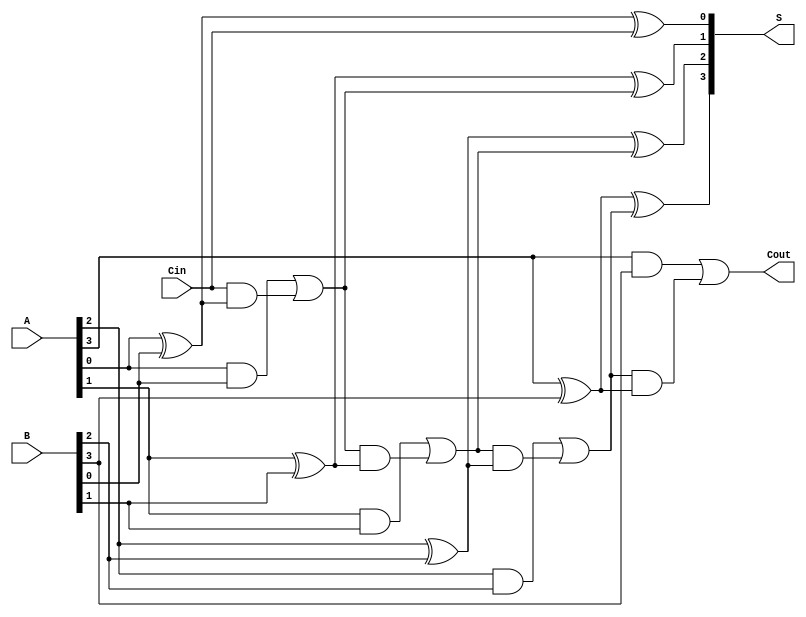
module Han_Carlson_Adder #(parameter N = 4) (
    input  [N-1:0] A,      // First n-bit binary number
    input  [N-1:0] B,      // Second n-bit binary number
    input  Cin,            // Carry input
    output [N-1:0] S,      // n-bit sum output
    output Cout            // Carry output
);

    wire [N:0] carry;      // Carry wires (N+1 to handle carry out)

    // Assign the initial carry
    assign carry[0] = Cin;

    genvar i;
    generate
        for (i = 0; i < N; i = i + 1) begin : adder
            // Sum calculation
            assign S[i] = A[i] ^ B[i] ^ carry[i];

            // Carry generation
            assign carry[i+1] = (A[i] & B[i]) | (carry[i] & (A[i] ^ B[i]));
        end
    endgenerate

    // Final carry output
    assign Cout = carry[N];

endmodule